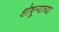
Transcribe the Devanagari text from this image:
शोषून्याच्या